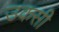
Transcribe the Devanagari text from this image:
उकसी